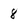
Character: 8